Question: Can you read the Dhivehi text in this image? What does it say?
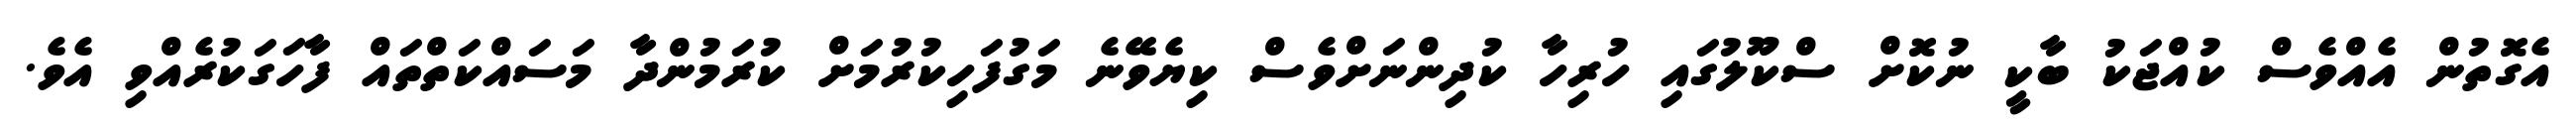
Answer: އެގޮތުން އެއްވެސް ކުއްޖަކު ބާކީ ނުކޮށް ސްކޫލުގައި ހުރިހާ ކުދިންނަށްވެސް ކިޔެވޭނެ މަގުފަހިކުރުމަށް ކުރަމުންދާ މަސައްކަތްތައް ފާހަގަކުރެއްވި އެވެ.